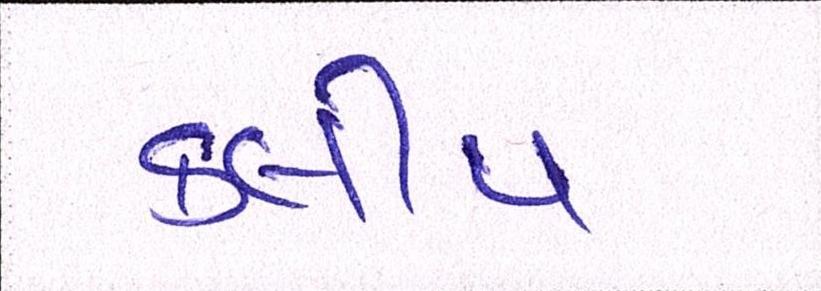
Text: કલીપ